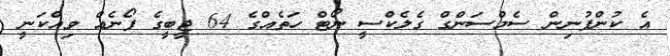
އެ ކުންފުނިން ސެމްސަންގް ގެލެކްސީ ނޯޓް ހަތެއްގެ 64 ޖީބީގެ ފޯނެއް ވިއްކަނީ